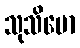
သုသိမော